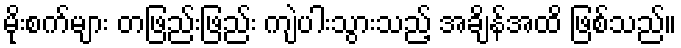
မိုးစက်များ တဖြည်းဖြည်း ကျဲပါးသွားသည့် အချိန်အထိ ဖြစ်သည်။